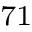
^ { 7 1 }